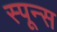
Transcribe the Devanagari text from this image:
स्पून्स